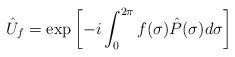
LaTeX: \begin{align*}\hat{U}_f = \exp\left[- i \int_0^{2 \pi} f( \sigma ) \hat{P} ( \sigma ) d \sigma \right]\end{align*}